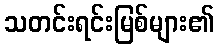
သတင်းရင်းမြစ်များ၏